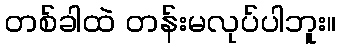
တစ်ခါထဲ တန်းမလုပ်ပါဘူး။